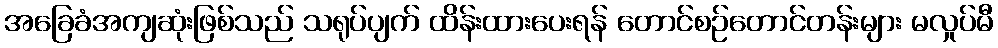
အခြေခံအကျဆုံးဖြစ်သည် သရုပ်ပျက် ထိန်းထားပေးရန် တောင်စဉ်တောင်တန်းများ မလှုပ်မီ